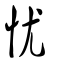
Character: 忧